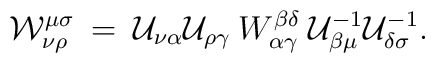
{\cal W}^{\mu\sigma}_{\nu\rho} \:=\:{\cal U}_{\nu\alpha} {\cal U}_{\rho\gamma}\: W^{\beta\delta}_{\alpha\gamma} \:{\cal U}^{-1}_{\beta\mu}{\cal U}^{-1}_{\delta\sigma} .